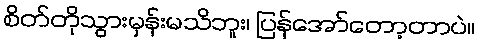
စိတ်တိုသွားမှန်းမသိဘူး၊ ပြန်အော်တော့တာပဲ။